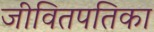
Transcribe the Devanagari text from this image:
जीवितपतिका